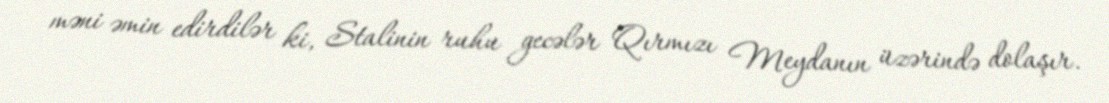
məni əmin edirdilər ki, Stalinin ruhu gecələr Qırmızı Meydanın üzərində dolaşır.